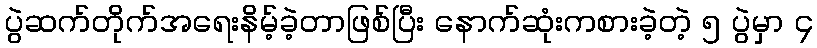
ပွဲဆက်တိုက်အရေးနိမ့်ခဲ့တာဖြစ်ပြီး နောက်ဆုံးကစားခဲ့တဲ့ ၅ ပွဲမှာ ၄